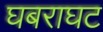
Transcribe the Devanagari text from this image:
घबराघट